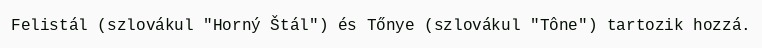
Felistál (szlovákul "Horný Štál") és Tőnye (szlovákul "Tône") tartozik hozzá.